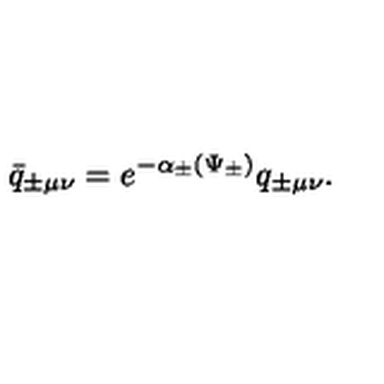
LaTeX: \bar { q } _ { \pm \mu \nu } = e ^ { - \alpha _ { \pm } ( \Psi _ { \pm } ) } q _ { \pm \mu \nu } .